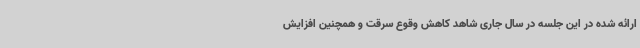
ارائه شده در این جلسه در سال جاری شاهد کاهش وقوع سرقت و همچنین افزایش